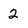
Character: 2